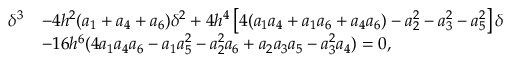
\begin{array} { r l } { \delta ^ { 3 } } & { - 4 h ^ { 2 } ( a _ { 1 } + a _ { 4 } + a _ { 6 } ) \delta ^ { 2 } + 4 h ^ { 4 } \left[ 4 ( a _ { 1 } a _ { 4 } + a _ { 1 } a _ { 6 } + a _ { 4 } a _ { 6 } ) - a _ { 2 } ^ { 2 } - a _ { 3 } ^ { 2 } - a _ { 5 } ^ { 2 } \right] \delta } \\ & { - 1 6 h ^ { 6 } ( 4 a _ { 1 } a _ { 4 } a _ { 6 } - a _ { 1 } a _ { 5 } ^ { 2 } - a _ { 2 } ^ { 2 } a _ { 6 } + a _ { 2 } a _ { 3 } a _ { 5 } - a _ { 3 } ^ { 2 } a _ { 4 } ) = 0 , } \end{array}